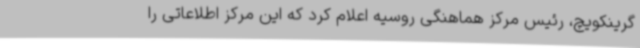
گرینکویچ، رئیس مرکز هماهنگی روسیه اعلام کرد که این مرکز اطلاعاتی را